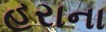
હરાના